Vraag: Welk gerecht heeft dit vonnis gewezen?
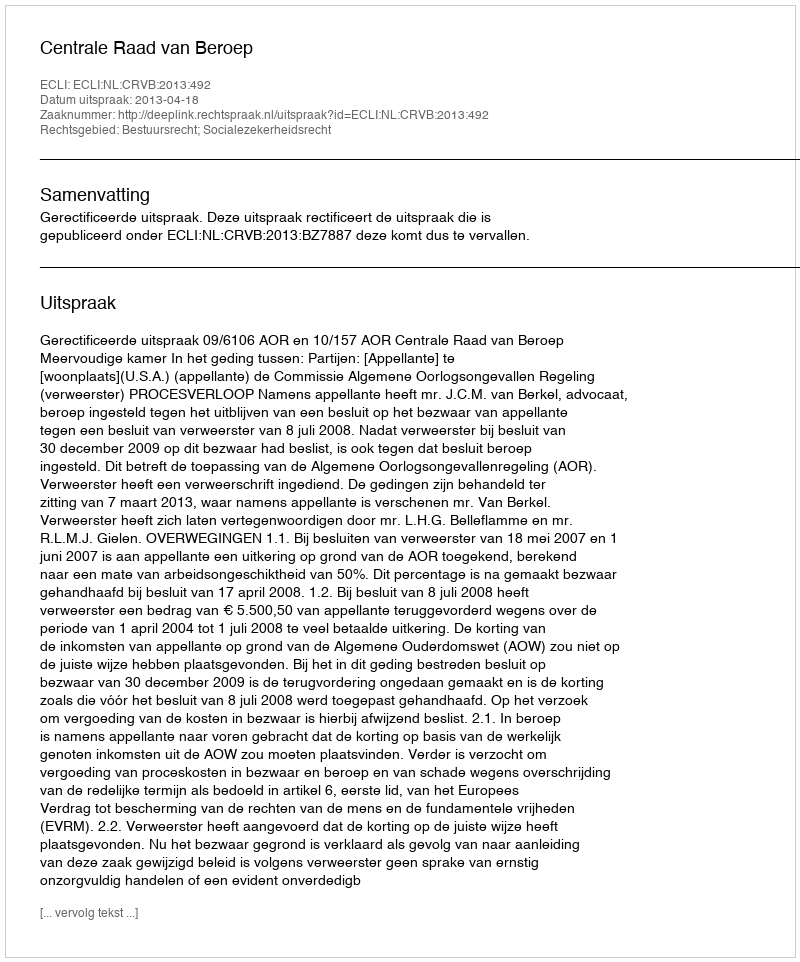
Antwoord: Centrale Raad van Beroep